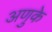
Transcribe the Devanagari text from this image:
अणुके